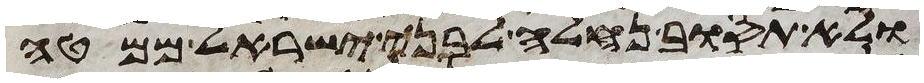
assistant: ולא תסוב נחלה לבני ישראל ממטה